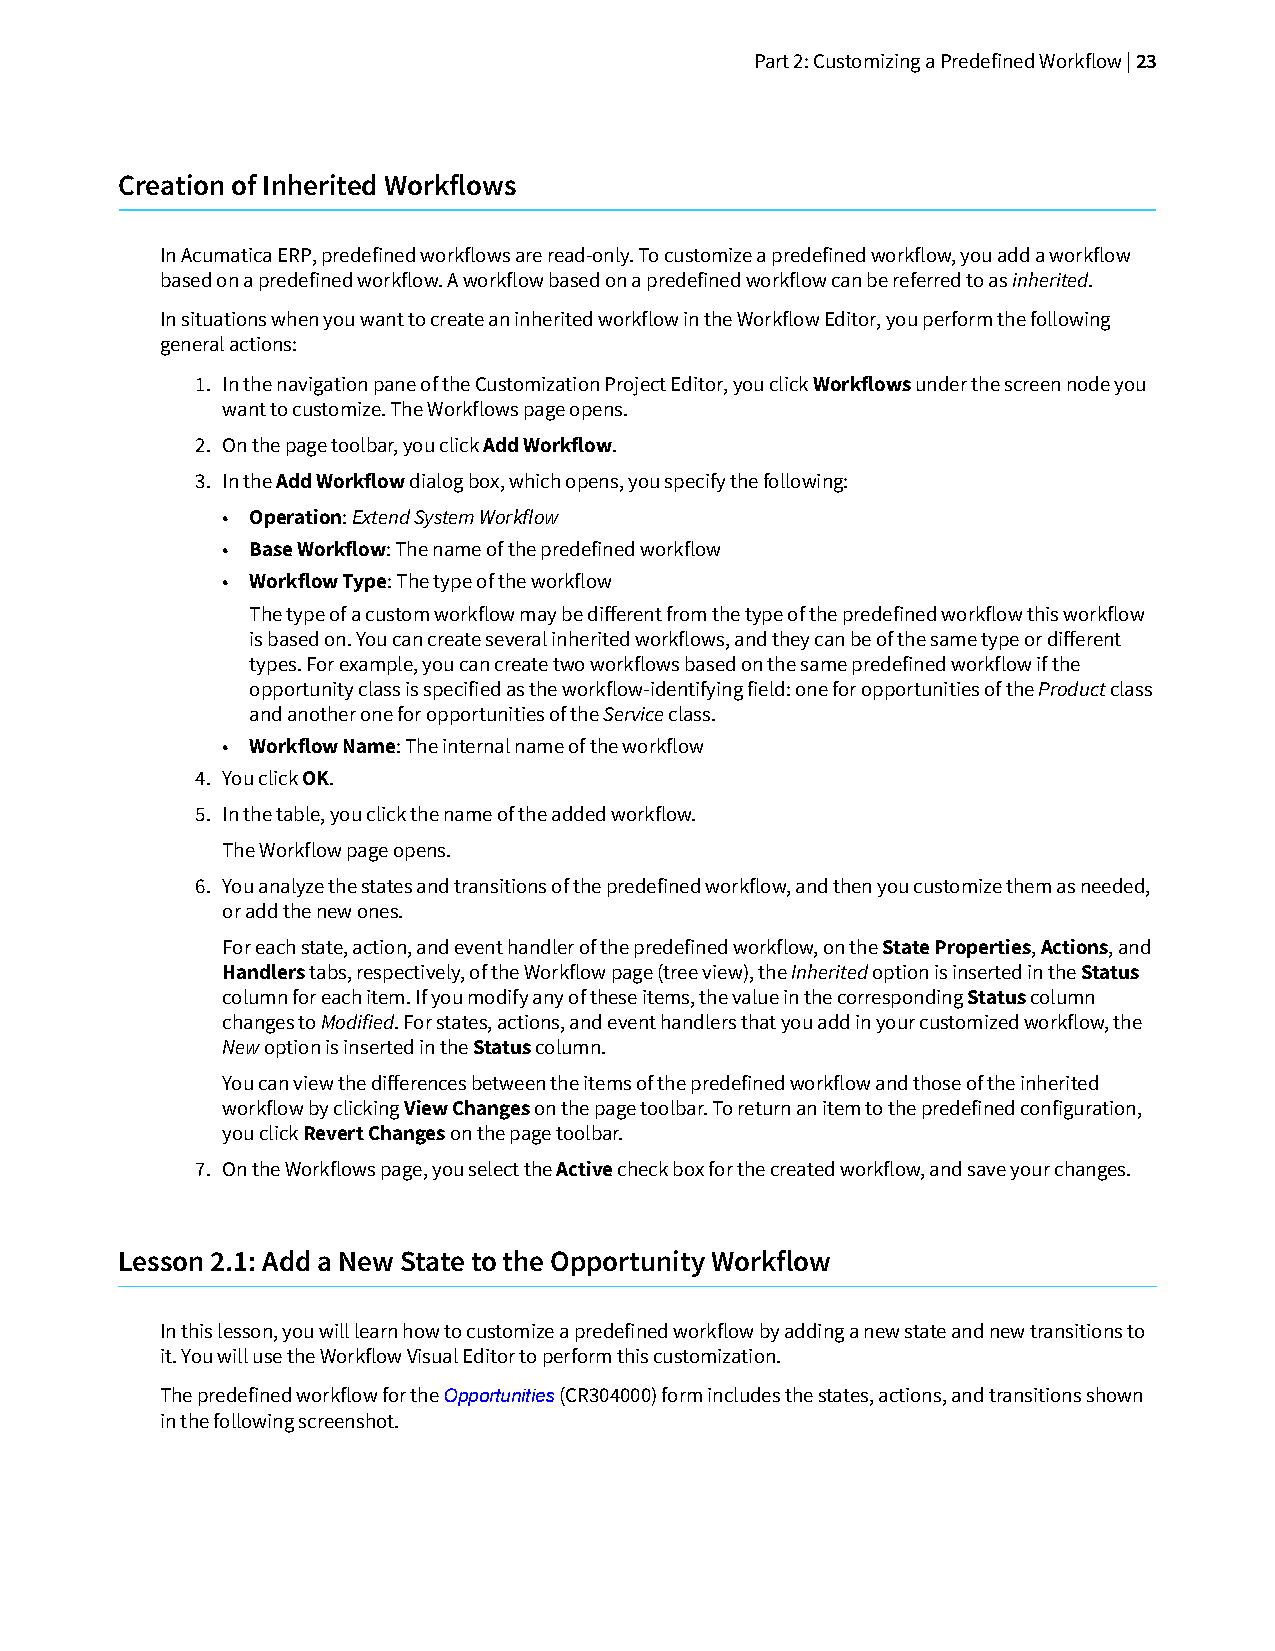
Part 2: Customizing a Predefined Workflow | 23
 Creation of Inherited Workflows
 In Acumatica ERP, predefined workflows are read-only. To customize a predefined workflow, you add a workflow
 based on a predefined workflow. A workflow based on a predefined workflow can be referred to as inherited.
 In situations when you want to create an inherited workflow in the Workflow Editor, you perform the following
 general actions:
 1. In the navigation pane of the Customization Project Editor, you click Workflows under the screen node you
 want to customize. The Workflows page opens.
 2. On the page toolbar, you click Add Workflow.
 3. In the Add Workflow dialog box, which opens, you specify the following:
 • Operation: Extend System Workflow
 • Base Workflow: The name of the predefined workflow
 • Workflow Type: The type of the workflow
 The type of a custom workflow may be different from the type of the predefined workflow this workflow
 is based on. You can create several inherited workflows, and they can be of the same type or different
 types. For example, you can create two workflows based on the same predefined workflow if the
 opportunity class is specified as the workflow-identifying field: one for opportunities of the Product class
 and another one for opportunities of the Service class.
 • Workflow Name: The internal name of the workflow
 4. You click OK.
 5. In the table, you click the name of the added workflow.
 The Workflow page opens.
 6. You analyze the states and transitions of the predefined workflow, and then you customize them as needed,
 or add the new ones.
 For each state, action, and event handler of the predefined workflow, on the State Properties, Actions, and
 Handlers tabs, respectively, of the Workflow page (tree view), the Inherited option is inserted in the Status
 column for each item. If you modify any of these items, the value in the corresponding Status column
 changes to Modified. For states, actions, and event handlers that you add in your customized workflow, the
 New option is inserted in the Status column.
 You can view the differences between the items of the predefined workflow and those of the inherited
 workflow by clicking View Changes on the page toolbar. To return an item to the predefined configuration,
 you click Revert Changes on the page toolbar.
 7. On the Workflows page, you select the Active check box for the created workflow, and save your changes.
 Lesson 2.1: Add a New State to the Opportunity Workflow
 In this lesson, you will learn how to customize a predefined workflow by adding a new state and new transitions to
 it. You will use the Workflow Visual Editor to perform this customization.
 The predefined workflow for the Opportunities (CR304000) form includes the states, actions, and transitions shown
 in the following screenshot.